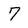
Character: 7